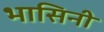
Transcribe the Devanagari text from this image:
भासिनी